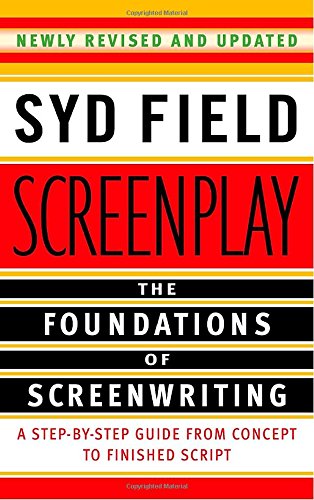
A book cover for Screenplay: The Foundations of Screenwriting; Syd Field; Humor & Entertainment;